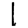
Digit: 1